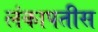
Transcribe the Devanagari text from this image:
लंकापतीस